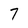
Character: 7